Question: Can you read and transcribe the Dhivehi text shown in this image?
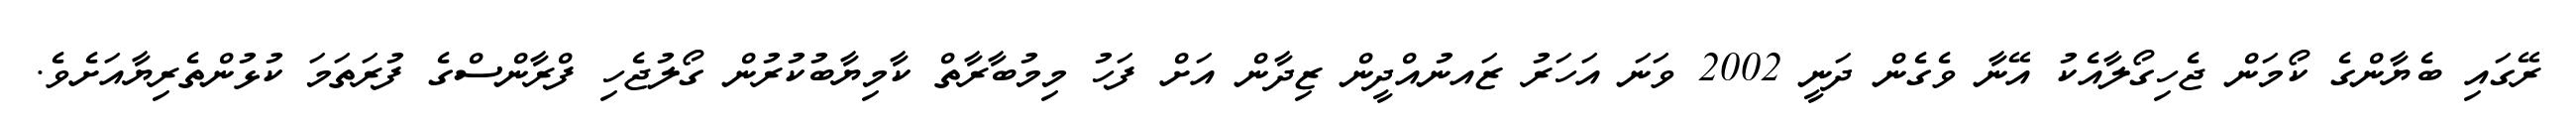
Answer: ރޭގައި ބެޔާންގެ ކޯމަން ޖެހިގޯލާއެކު އޭނާ ވެގެން ދަނީ 2002 ވަނަ އަހަރު ޒައނުއްދީން ޒިދާން އަށް ފަހު މިމުބާރާތް ކާމިޔާބުކުރުން ގޯލުޖެހި ފްރާންސްގެ ފުރަތަމަ ކުޅުންތެރިޔާއަށެވެ.